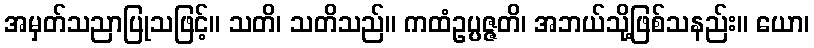
အမှတ်သညာပြုသဖြင့်။ သတိ၊ သတိသည်။ ကထံဥပ္ပဇ္ဇတိ၊ အဘယ်သို့ဖြစ်သနည်း။ ယော၊